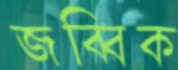
জব্বিক